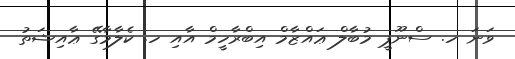
ވަނަ ހ. ސްނޫޕީ މުބާލް ޢައްޒާމް އިބްރާހީމް އާއި ހ. ކެލާމާގޭ ޢާއިޝަތު